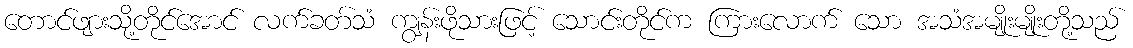
တောင်ဖျားသို့တိုင်အောင် လက်ခတ်သံ ကျွန်းဖိုသားဖြင့် သောင်းတိုင်က ကြားလောက် သော အသံအမျိုးမျိုးတို့သည်